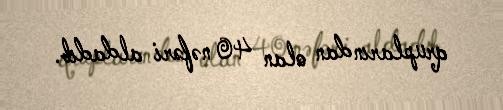
qruplarından olan 40 nəfəri aldadıb.